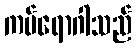
ကပ်ရောဂါသည်